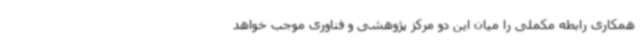
همکاری رابطه مکملی را میان این دو مرکز پژوهشی و فناوری موجب خواهد